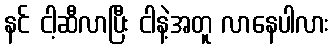
နင် ငါ့ဆီလာပြီး ငါနဲ့အတူ လာနေပါလား